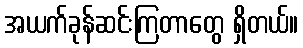
အယက်ခုန်ဆင်းကြတာတွေ ရှိတယ်။